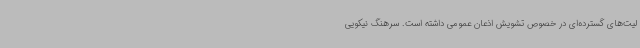
لیت‌های گسترده‌ای در خصوص تشویش اذعان عمومی داشته است. سرهنگ نیکویی